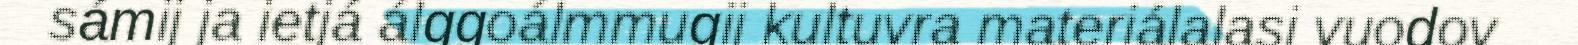
sámij ja ietjá álggoálmmugij kultuvra materiálalasj vuodov